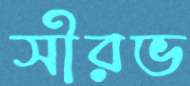
সৗরভ